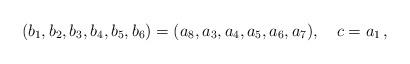
LaTeX: \begin{align*}(b_1,b_2, b_3, b_4, b_5, b_6) = ( a_8, a_3, a_4, a_5, a_6, a_7) , \quad c = a_1 \,,\end{align*}